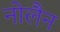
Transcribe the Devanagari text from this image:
नोलैन